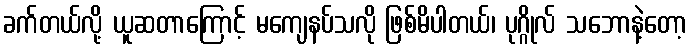
ခက်တယ်လို့ ယူဆတာကြောင့် မကျေနပ်သလို ဖြစ်မိပါတယ်၊ ပုဂ္ဂိုလ် သဘောနဲ့တော့